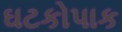
ઘટકોપાક